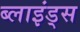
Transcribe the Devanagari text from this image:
ब्लाइंड्स